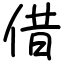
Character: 借